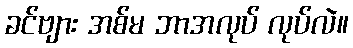
ခင်ဗျား အစ်မ ဘာအလုပ် လုပ်လဲ။